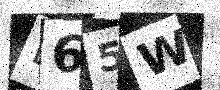
Text: D65W